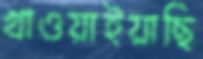
খাওয়াইয়াছি